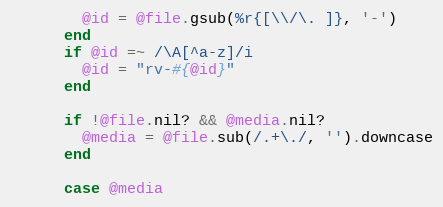
Language: Ruby
        @id = @file.gsub(%r{[\\/\. ]}, '-')
      end
      if @id =~ /\A[^a-z]/i
        @id = "rv-#{@id}"
      end

      if !@file.nil? && @media.nil?
        @media = @file.sub(/.+\./, '').downcase
      end

      case @media